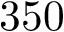
3 5 0